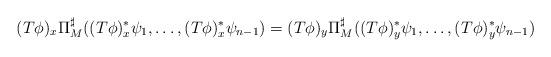
LaTeX: \begin{align*} (T\phi)_x \Pi_M^{\sharp} ((T\phi)_x^*\psi_1, \ldots, (T\phi)_x^*\psi_{n-1} ) = (T\phi)_y \Pi_M^{\sharp} ((T\phi)_y^*\psi_1, \ldots, (T\phi)_y^*\psi_{n-1})\end{align*}